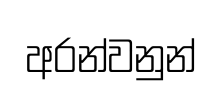
අරන්වනුන්